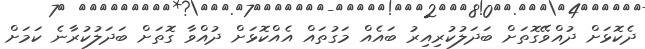
ދެކޮޅަށް ދުއްވޭގޮތަށް ބަދަލުކުރިއިރު ބައެއް މަގުތައް އެއްކޮޅަށް ދުއްވާ ގޮތަށް ބަދަލުކުރާނެ ކަމަށް